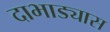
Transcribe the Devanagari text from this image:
दाभाड्यास